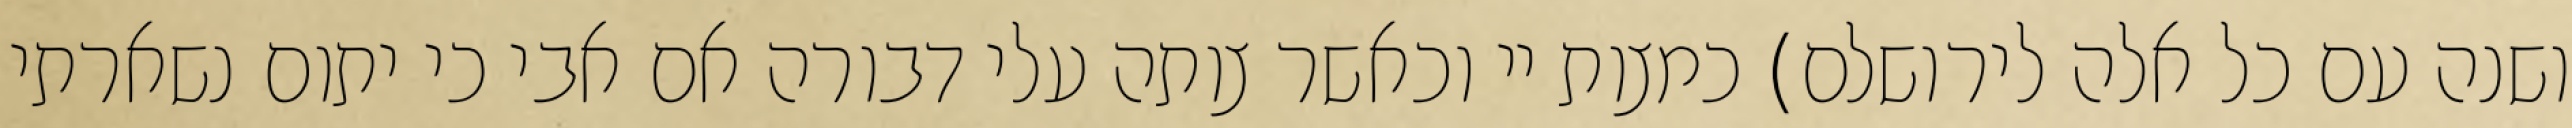
ושנה עם כל אלה לירושלם) כמצות יי וכאשר צותה עלי דבורה אם אבי כי יתום נשארתי